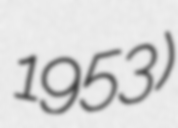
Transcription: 1953)